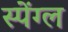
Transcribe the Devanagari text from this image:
स्पेंग्ल